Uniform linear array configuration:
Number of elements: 8
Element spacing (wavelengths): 0.75
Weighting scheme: hamming
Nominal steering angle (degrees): -15
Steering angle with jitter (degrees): -16.444
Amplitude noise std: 0.05
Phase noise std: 0.05

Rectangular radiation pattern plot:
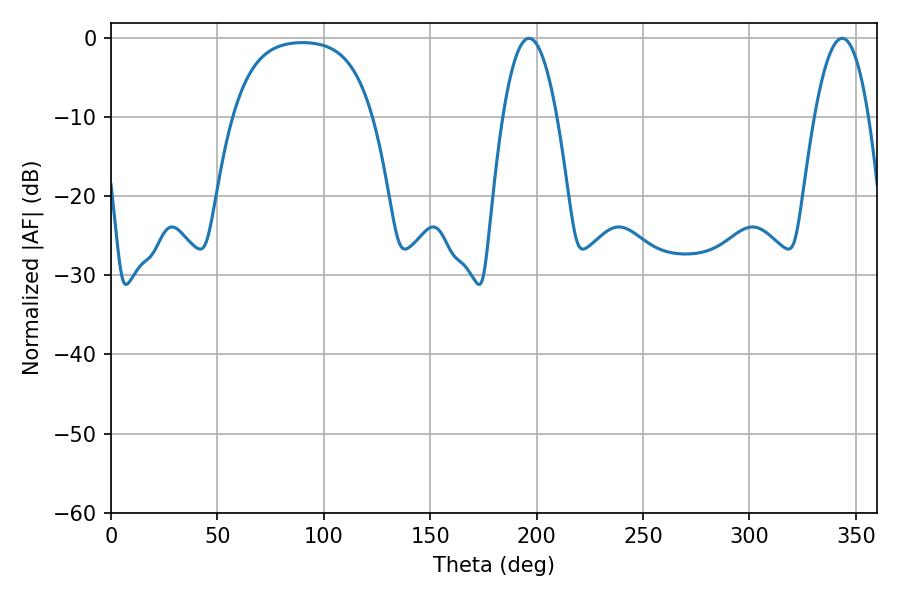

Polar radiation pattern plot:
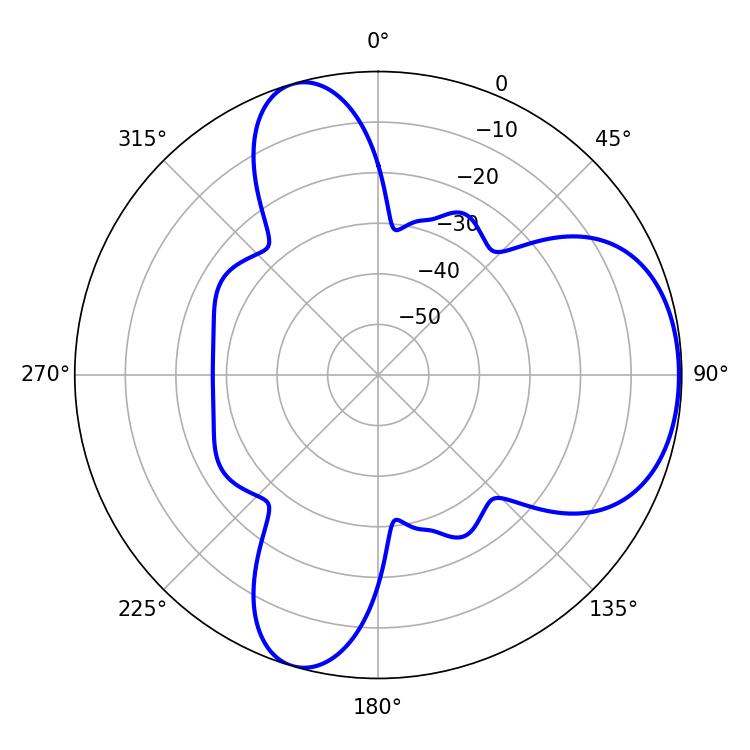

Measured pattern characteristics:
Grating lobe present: TRUE
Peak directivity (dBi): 5.9
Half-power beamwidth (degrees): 14.04
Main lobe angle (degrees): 196.38